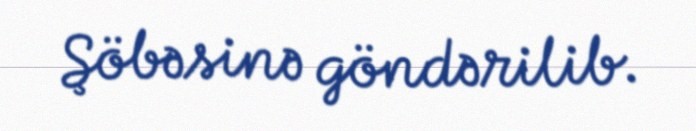
Şöbəsinə göndərilib.